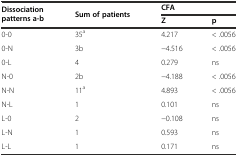
<table><thead><tr><td rowspan="2"><b>Dissociation patterns a-b</b></td><td rowspan="2"><b>Sum of patients</b></td><td colspan="2"><b>CFA</b></td></tr><tr><td><b>Z</b></td><td><b>p</b></td></tr></thead><tbody><tr><td>0-0</td><td>35<sup>a</sup></td><td>4.217</td><td>&lt; .0056</td></tr><tr><td>0-N</td><td>3b</td><td>−4.516</td><td>&lt; .0056</td></tr><tr><td>0-L</td><td>4</td><td>0.279</td><td>ns</td></tr><tr><td>N-0</td><td>2b</td><td>−4.188</td><td>&lt; .0056</td></tr><tr><td>N-N</td><td>11<sup>a</sup></td><td>4.893</td><td>&lt; .0056</td></tr><tr><td>N-L</td><td>1</td><td>0.101</td><td>ns</td></tr><tr><td>L-0</td><td>2</td><td>−0.108</td><td>ns</td></tr><tr><td>L-N</td><td>1</td><td>0.593</td><td>ns</td></tr><tr><td>L-L</td><td>1</td><td>0.171</td><td>ns</td></tr></tbody></table>